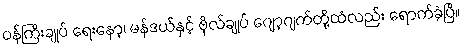
ဝန်ကြီးချုပ် ရေးနော့၊ မန်ဒယ်နှင့် ဗိုလ်ချုပ် ဂျော့ဂျက်တို့ထံလည်း ရောက်ခဲ့ပြီ။